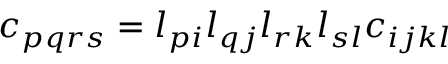
c _ { p q r s } = l _ { p i } l _ { q j } l _ { r k } l _ { s l } c _ { i j k l }